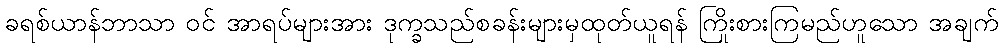
ခရစ်ယာန်ဘာသာ ဝင် အာရပ်များအား ဒုက္ခသည်စခန်းများမှထုတ်ယူရန် ကြိုးစားကြမည်ဟူသော အချက်